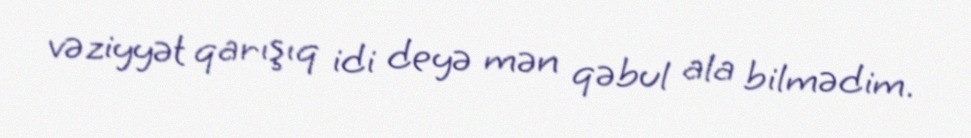
vəziyyət qarışıq idi deyə mən qəbul ala bilmədim.